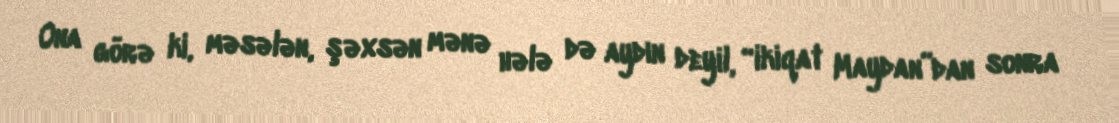
Ona görə ki, məsələn, şəxsən mənə hələ də aydın deyil, “ikiqat Maydan”dan sonra